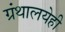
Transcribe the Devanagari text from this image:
ग्रंथालयेही